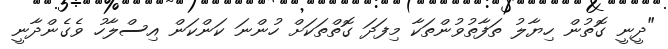
"ދީނީ ގޮތުން ހިޔާލު ތަފާތުވުންތަކާ މިފަދަ ގޮތްތަކަށް ހުންނަ ކަންކަން އިސްލާހު ވެގެންދާނީ